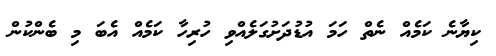
ކިޔާނެ ކަމެއް ނެތް ހަމަ އުޑުދަށުގަލެއްވި ހުރިހާ ކަމެެއް އެބަ މި ބެންކުން